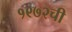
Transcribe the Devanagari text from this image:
१९७२ची